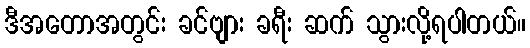
ဒီအတောအတွင်း ခင်ဗျား ခရီး ဆက် သွားလို့ရပါတယ်။